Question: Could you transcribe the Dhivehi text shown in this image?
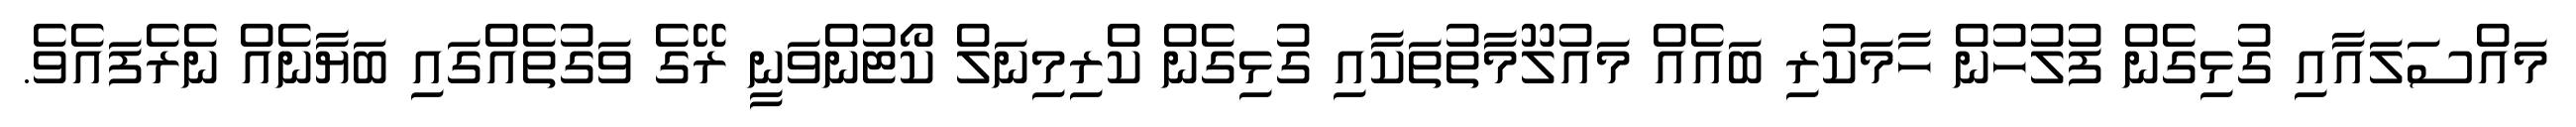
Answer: މައްސަލައާއި ގުޅިގެން ފުލުހުން ހާމަކުރި ބައެއް މައުލޫމާތުތަކާއި ގުޅިގެން ކްރިމިނަލް ކޯޓުންވަނީ ރޭގެ ވަގުތެއްގައި ބަޔާނެއް ނެރެފައެވެ.